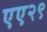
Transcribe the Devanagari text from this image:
एए२९